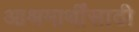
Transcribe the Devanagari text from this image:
आश्रमार्थींसाठी